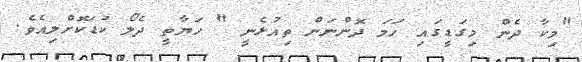
"މިކާ ދެން މިގަޑީގައި ހަމަ ދޮންނަން ތިއުޅެނީ " ހަޔާތީ ދެލޯ ކުޑަކޮށްލިއެވެ.